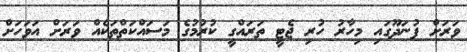
ވަރަށް ފުނަދޫގައި މިހާރު ހުރި ޖެޓީ ތަރައްގީ ކުރުމުގެ މަސައްކަތްތަކެއް ވަރަށް އަވަހަށް